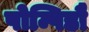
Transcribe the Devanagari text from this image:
पोम्पिडौ